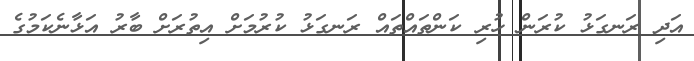
އަދި ރަނގަޅު ކުރަން ހުރި ކަންތައްތައް ރަނގަޅު ކުރުމަށް އިތުރަށް ބާރު އަޅާނެކަމުގެ